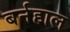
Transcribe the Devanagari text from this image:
बर्नहाल